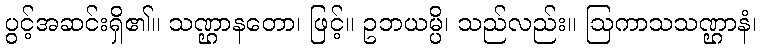
ပွင့်အဆင်းရှိ၏။ သဏ္ဌာနတော၊ ဖြင့်။ ဥဘယမ္ပိ၊ သည်လည်း။ ဩကာသသဏ္ဌာနံ၊